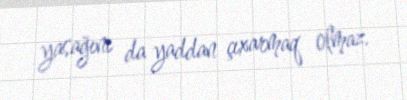
yasağını da yaddan çıxarmaq olmaz.